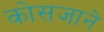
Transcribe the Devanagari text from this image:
कोसजाने